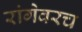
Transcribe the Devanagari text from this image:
रांगेवरच